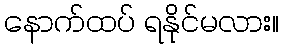
နောက်ထပ် ရနိုင်မလား။